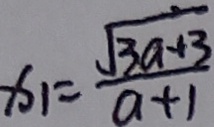
x _ { 1 } = \frac { \sqrt { 3 a + 3 } } { a + 1 }